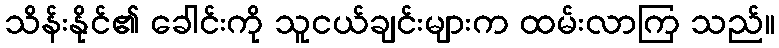
သိန်းနိုင်၏ ခေါင်းကို သူငယ်ချင်းများက ထမ်းလာကြ သည်။